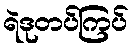
ရဲဒုတပ်ကြပ်